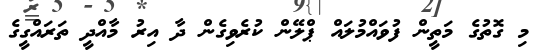
މި ގޮތުގެ މަތީން ފުވައްމުލައް ޕްލޭން ކުރެވިގެން ދާ އިރު މާއްދީ ތަރައްގީގެ